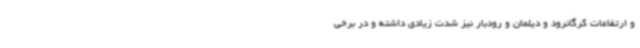
و ارتفاعات کرگانرود و دیلمان و رودبار نیز شدت زیادی داشته و در برخی